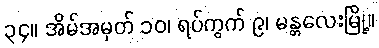
၃၄။ အိမ်အမှတ် ၁၀၊ ရပ်ကွက် ၉၊ မန္တလေးမြို့။